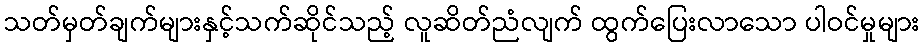
သတ်မှတ်ချက်များနှင့်သက်ဆိုင်သည့် လူဆိတ်ညံလျက် ထွက်ပြေးလာသော ပါဝင်မှုများ